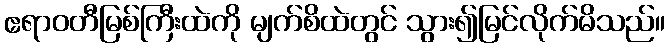
ဧရာဝတီမြစ်ကြီးထဲကို မျက်စိထဲတွင် သွား၍မြင်လိုက်မိသည်။